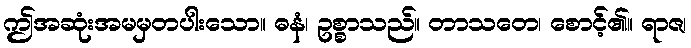
ဤအဆုံးအမမှတပါးသော။ ဓနံ၊ ဥစ္စာသည်။ တာသတေ၊ စောင့်၏။ ရာဇ၊